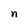
Character: n